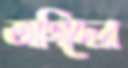
তাগিদের